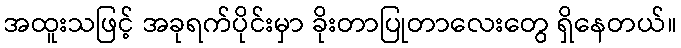
အထူးသဖြင့် အခုရက်ပိုင်းမှာ ခိုးတာပြုတာလေးတွေ ရှိနေတယ်။